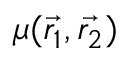
\mu ( \Vec { { r } _ { 1 } } , \Vec { { r } _ { 2 } } )